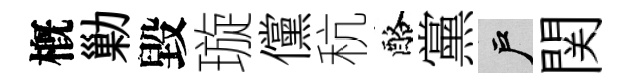
槪勦毀璇儻秔酪黨户関